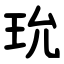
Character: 玧